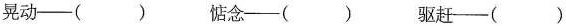
晃动--() 惦念--() 驱赶--()